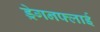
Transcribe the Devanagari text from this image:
ड्रेगनफ्लाई